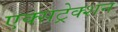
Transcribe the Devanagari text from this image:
एक्सट्रेक्शन